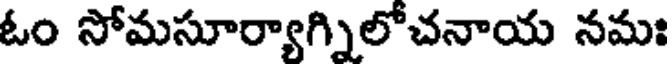
ఓం సోమసూర్యాగ్నిలోచనాయ నమః